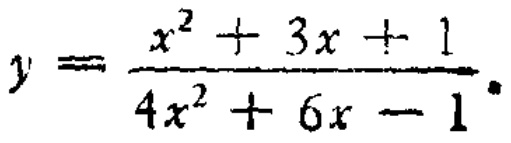
\(y = \frac{x^{2} + 3x + 1}{4x^{2} + 6x - 1}\)